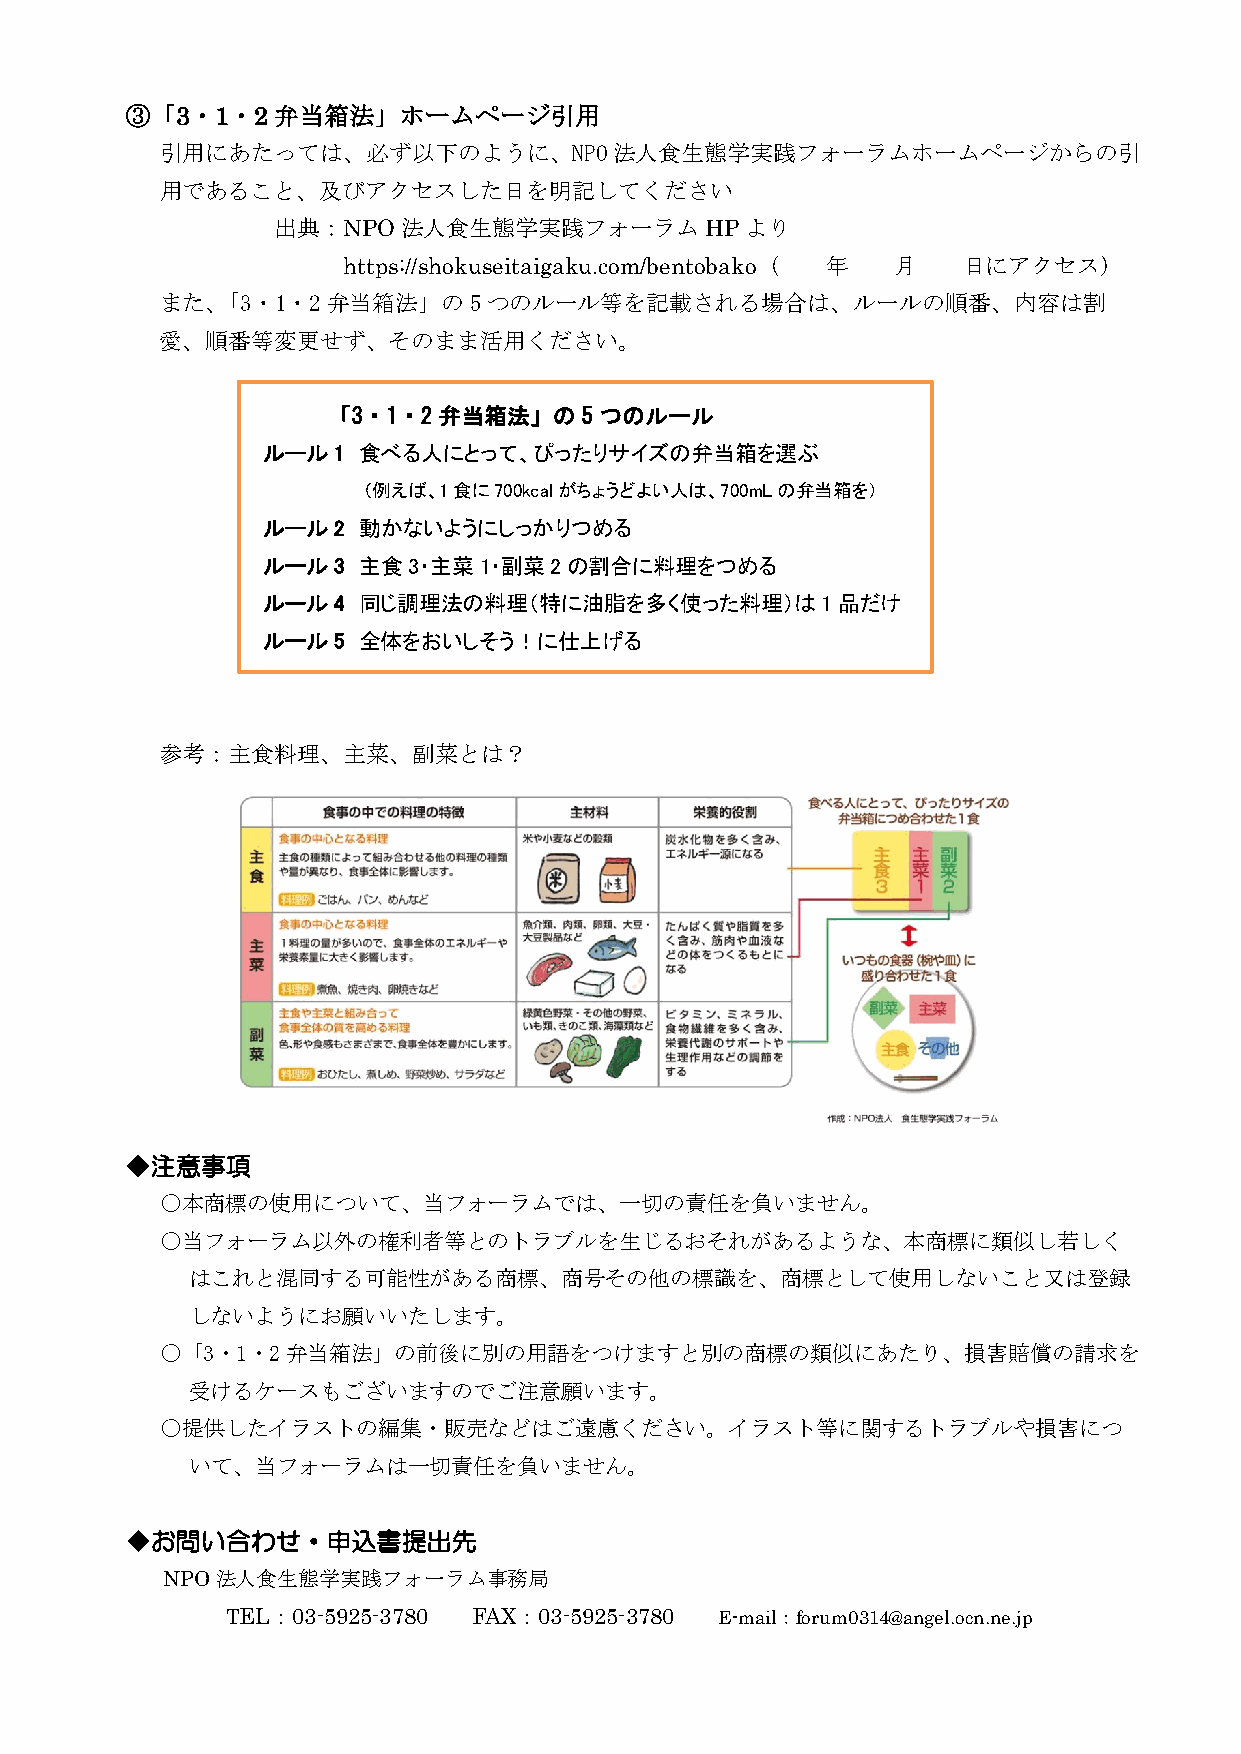
③「3・1・2弁当箱法」ホームページ引用
 引用にあたっては、必ず以下のように、NPO法人食生態学実践フォーラムホームページからの引
 用であること、及びアクセスした日を明記してください
 出典：NPO法人食生態学実践フォーラムHPより
 https://shokuseitaigaku.com/bentobako（ 年 月 日にアクセス）
 また、「3・1・2弁当箱法」の5つのルール等を記載される場合は、ルールの順番、内容は割
 愛、順番等変更せず、そのまま活用ください。
 「3・1・2弁当箱法」の5つのルール
 ルール1   食べる人にとって、ぴったりサイズの弁当箱を選ぶ
 （例えば、1食に700kcalがちょうどよい人は、700mLの弁当箱を）
 ルール2   動かないようにしっかりつめる
 ルール3   主食3・主菜1・副菜2の割合に料理をつめる
 ルール4   同じ調理法の料理（特に油脂を多く使った料理）は1品だけ
 ルール5   全体をおいしそう！に仕上げる
 参考：主食料理、主菜、副菜とは？
 ◆注意事項
 ○本商標の使用について、当フォーラムでは、一切の責任を負いません。
 ○当フォーラム以外の権利者等とのトラブルを生じるおそれがあるような、本商標に類似し若しく
 はこれと混同する可能性がある商標、商号その他の標識を、商標として使用しないこと又は登録
 しないようにお願いいたします。
 ○「3・1・2弁当箱法」の前後に別の用語をつけますと別の商標の類似にあたり、損害賠償の請求を
 受けるケースもございますのでご注意願います。
 ○提供したイラストの編集・販売などはご遠慮ください。イラスト等に関するトラブルや損害につ
 いて、当フォーラムは一切責任を負いません。
 ◆お問い合わせ・申込書提出先
 NPO法人食生態学実践フォーラム事務局
 TEL：03-5925-3780 FAX：03-5925-3780 E-mail：forum0314@angel.ocn.ne.jp